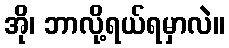
အို၊ ဘာလို့ရယ်ရမှာလဲ။